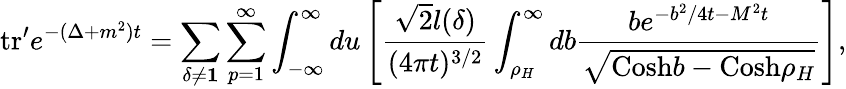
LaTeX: \mathrm{tr}^{\prime}e^{-(\Delta+m^{2})t}=\sum_{\delta\neq{\mathbf 1}}\sum_{p=1}^{\infty}\int_{-\infty}^{\infty}du\left[{\frac{{\sqrt{2}}l(\delta)}{(4\pi t)^{3/2}}}\int_{\rho_{H}}^{\infty}db{\frac{be^{-b^{2}/4t-M^{2}t}}{{\sqrt{\mathrm{Cosh}b-\mathrm{Cosh}\rho_{H}}}}}\right],